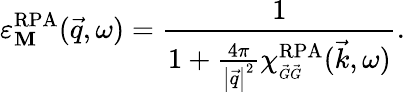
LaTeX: \varepsilon_{\mathbf{M}}^{\mathrm{{RPA}}}(\vec{{q}},\omega)=\frac{{1}}{{1+\frac{{4\pi}}{{\left|\vec{{q}}\right|^{2}}}\chi_{\scriptscriptstyle\vec{{G}}\vec{{G}}}^{\mathrm{{RPA}}}(\vec{{k}},\omega)}}.